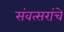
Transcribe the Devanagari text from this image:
संवत्सरांचे